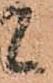
候